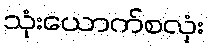
သုံးယောက်စလုံး